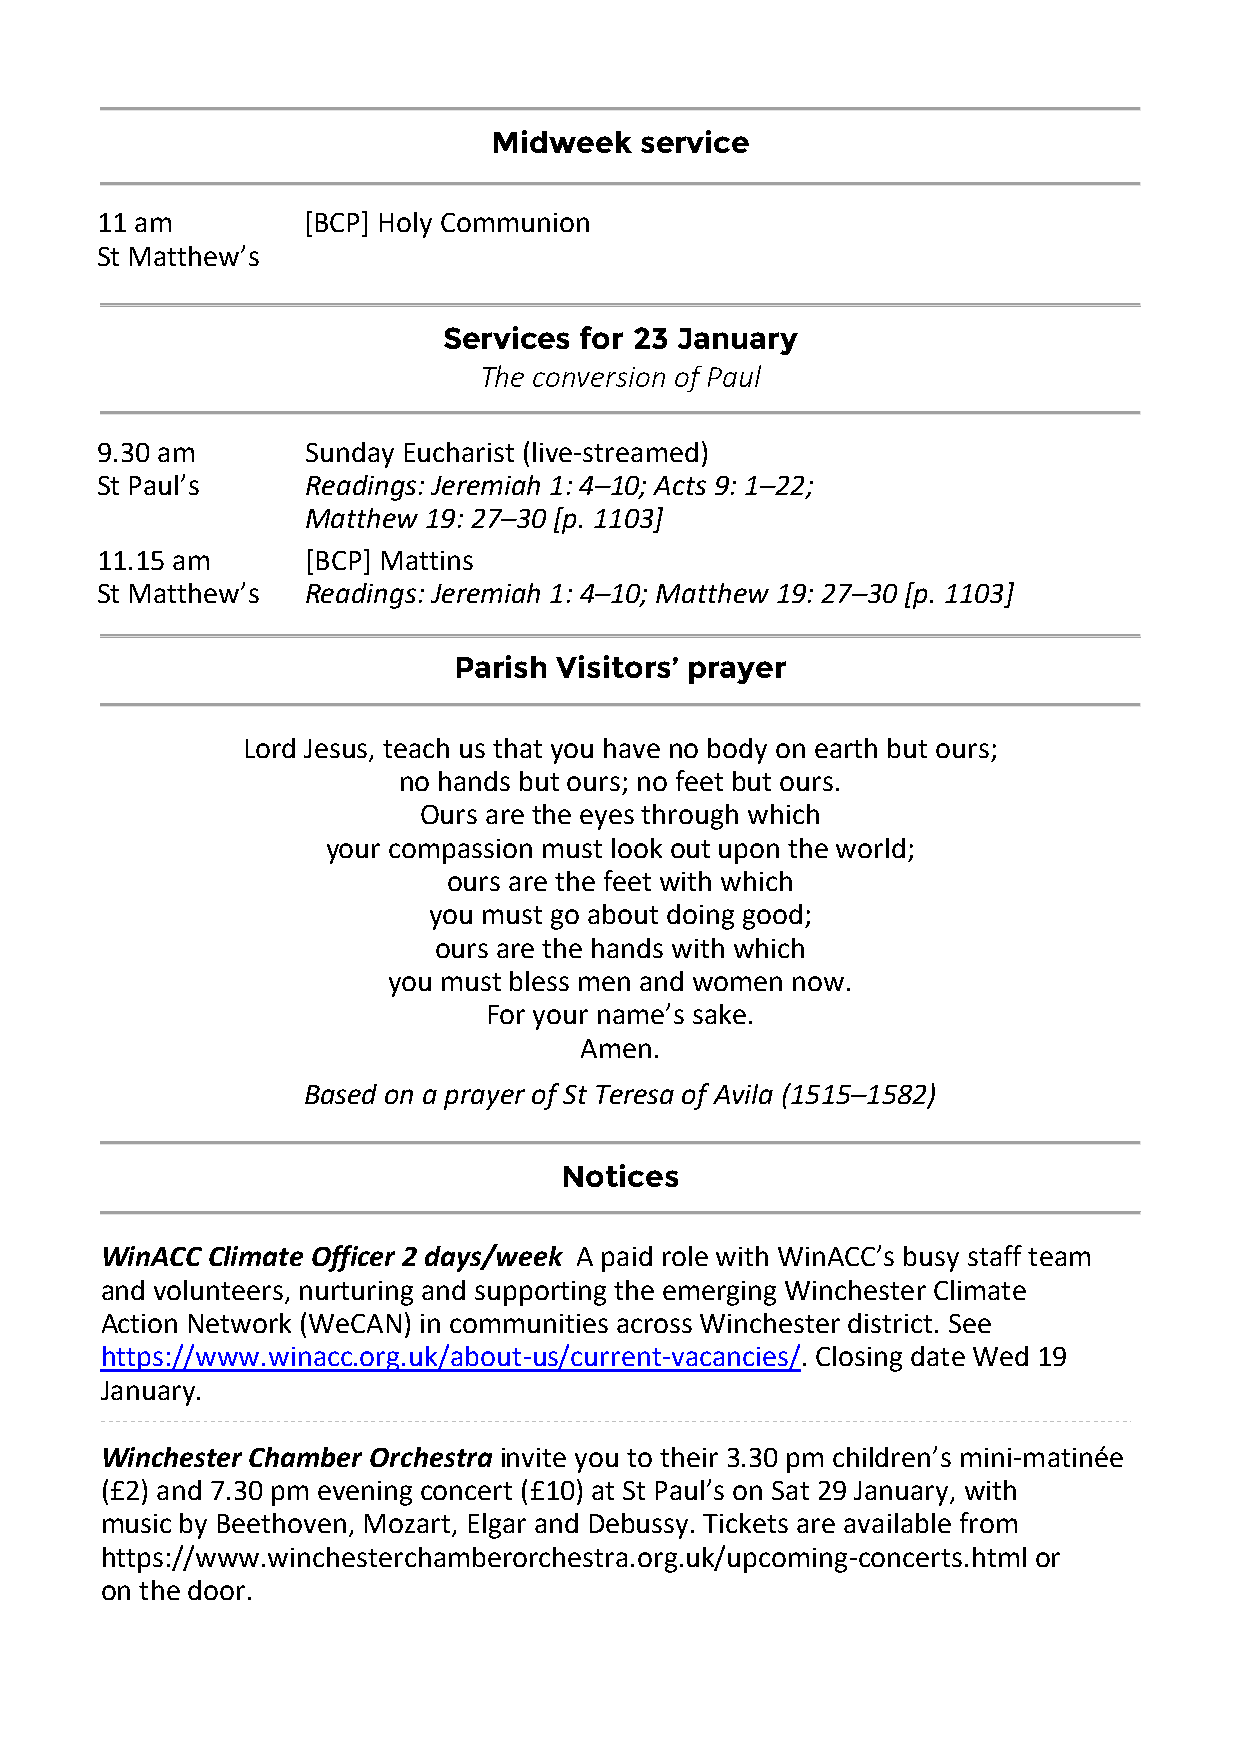
Midweek  service
 11 am         [BCP] Holy Communion
 St Matthew’s
 Services for 23 January
 The conversion of Paul
 9.30 am       Sunday Eucharist (live-streamed)
 St Paul’s     Readings: Jeremiah 1: 4–10; Acts 9: 1–22;
 Matthew 19: 27–30 [p. 1103]
 11.15 am      [BCP] Mattins
 St Matthew’s  Readings: Jeremiah 1: 4–10; Matthew 19: 27–30 [p. 1103]
 Parish Visitors’ prayer
 Lord Jesus, teach us that you have no body on earth but ours;
 no hands but ours; no feet but ours.
 Ours are the eyes through which
 your compassion must look out upon the world;
 ours are the feet with which
 you must go about doing good;
 ours are the hands with which
 you must bless men and women now.
 For your name’s sake.
 Amen.
 Based on a prayer of St Teresa of Avila (1515–1582)
 Notices
 WinACC Climate Officer 2 days/week A paid role with WinACC’s busy staff team
 and volunteers, nurturing and supporting the emerging Winchester Climate
 Action Network (WeCAN) in communities across Winchester district. See
 https://www.winacc.org.uk/about-us/current-vacancies/. Closing date Wed 19
 January.
 Winchester Chamber Orchestra invite you to their 3.30 pm children’s mini-matinée
 (£2) and 7.30 pm evening concert (£10) at St Paul’s on Sat 29 January, with
 music by Beethoven, Mozart, Elgar and Debussy. Tickets are available from
 https://www.winchesterchamberorchestra.org.uk/upcoming-concerts.html or
 on the door.